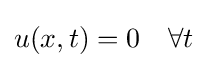
u(x,t)=0\quad \forall t